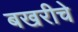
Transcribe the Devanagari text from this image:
बखरीचे